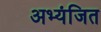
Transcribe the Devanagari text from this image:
अभ्यंजित